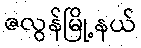
ဇလွန်မြို့နယ်